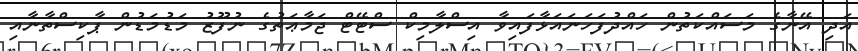
އަދި އޭނާގެ މަސައްކަތުން ހައްދުފަހަނައަޅާފައިވާ އިސްލާމިކް ސްޓޭޓް ޖަމާޢަތުގެ ނުފޫޒު މަޑުމަޑުން ޕާކިސްތާނާއި